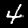
Digit: 4